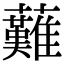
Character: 䕼